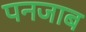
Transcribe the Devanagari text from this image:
पनजाब